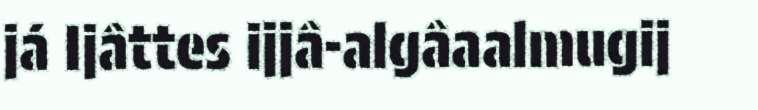
já Ijâttes ijjâ-algâaalmugij